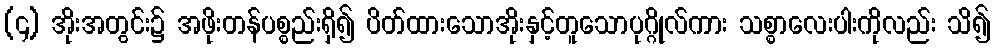
(၄) အိုးအတွင်း၌ အဖိုးတန်ပစ္စည်းရှိ၍ ပိတ်ထားသောအိုးနှင့်တူသောပုဂ္ဂိုလ်ကား သစ္စာလေးပါးကိုလည်း သိ၍